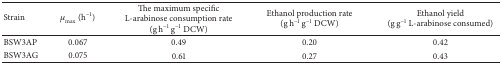
| Strain | μmax (h−1) | The maximum specific L-arabinose consumption rate (g h−1 g−1 DCW) | Ethanol production rate(g h−1 g−1 DCW) | Ethanol yield (g g−1 L-arabinose consumed) |
 | --- | --- | --- | --- | --- |
 | BSW3AP | 0.067 | 0.49 | 0.20 | 0.42 |
 | BSW3AG | 0.075 | 0.61 | 0.27 | 0.43 |